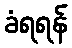
ခံရရန်